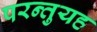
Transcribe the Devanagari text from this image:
परन्तुयह